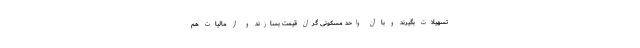
تسهیلات بگیرند و با آن واحد مسکونی گران قیمت بسازند و از مالیات هم